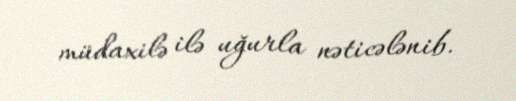
müdaxilə ilə uğurla nəticələnib.